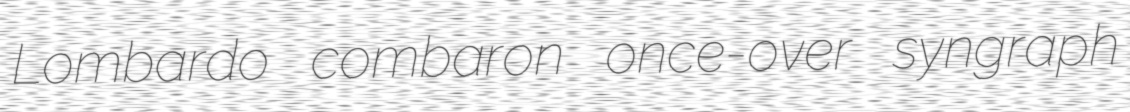
Lombardo combaron once-over syngraph